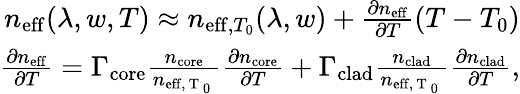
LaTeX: \begin{array}{r}{n_{\mathrm{eff}}(\lambda,w,T)\approx n_{\mathrm{eff},T_{0}}(\lambda,w)+\frac{\partial n_{\mathrm{eff}}}{\partial T}\left(T-T_{0}\right)}\\ {\frac{\partial n_{\mathrm{eff}}}{\partial T}=\Gamma_{\mathrm{core}}\frac{n_{\mathrm{core}}}{n_{\mathrm{eff,~T~_0~}}}\frac{\partial n_{\mathrm{core}}}{\partial T}+\Gamma_{\mathrm{clad}}\frac{n_{\mathrm{clad}}}{n_{\mathrm{eff,~T~_0~}}}\frac{\partial n_{\mathrm{clad}}}{\partial T},}\end{array}